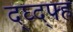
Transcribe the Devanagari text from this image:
द्घ्द्फ्ह